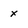
Character: x